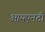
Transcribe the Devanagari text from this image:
आयएनटी